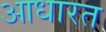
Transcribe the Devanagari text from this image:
आधारत